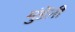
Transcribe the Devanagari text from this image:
मुंडेंऩी